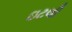
ઇટલી